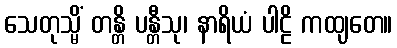
သေတုသ္မိံ တန္တိ ပန္တီသု၊ နာရိယံ ပါဠိ ကထျတေ။